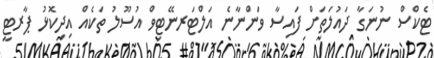
ޓެކްސް ނުނަގާ ދައުލަތަށް ފައިސާ ވަންނާނެ އަލްޓަރނޭޓިވް އުސޫލު ތަކެއް އިދިކޮޅު ޕާރޓީ